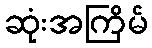
ဆုံးအကြိမ်